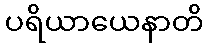
ပရိယာယေနာတိ